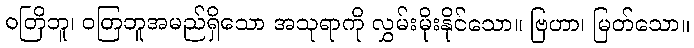
ဝတြိဘူ၊ ဝတြဘူအမည်ရှိသော အသုရာကို လွှမ်းမိုးနိုင်သော။ ဗြဟာ၊ မြတ်သော။